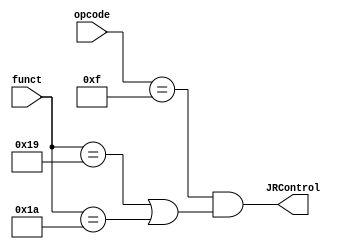
module JRControlBlock(opcode, funct, JRControl);
	input [3:0] opcode;
	input [5:0] funct;
	output JRControl;

	//JPR or JRL => JRControl is asserted.	
	assign JRControl = (opcode == 4'b1111) && (funct == 6'b011001 || funct == 6'b011010);
endmodule